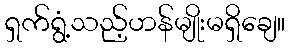
ရှက်ရွံ့သည့်ဟန်မျိုးမရှိချေ။